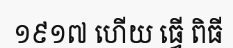
១៩១៧ ហើយ ធ្វើ ពិធី